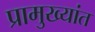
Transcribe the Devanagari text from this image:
प्रामुख्यांत